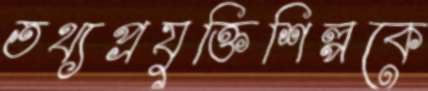
তথ্যপ্রযুক্তিশিল্পকে